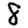
Digit: 8